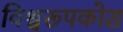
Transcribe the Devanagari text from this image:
विश्वरूपकोश